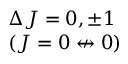
\begin{array} { l } { \Delta J = 0 , \pm 1 } \\ { ( J = 0 \not \leftrightarrow 0 ) } \end{array}